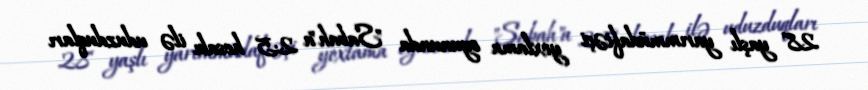
28 yaşlı yarımmüdafiəçi yoxlama oyununda "Sabah"a 2:5 hesabı ilə uduzduqları